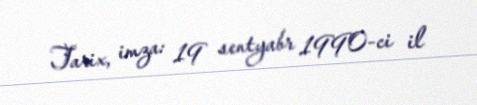
Tarix, imza: 19 sentyabr 1990-ci il